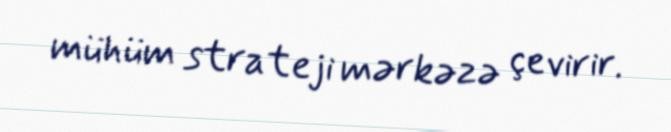
mühüm strateji mərkəzə çevirir.